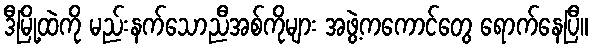
ဒီမြို့ထဲကို မည်းနက်သောညီအစ်ကိုများ အဖွဲ့ကကောင်တွေ ရောက်နေပြီ။